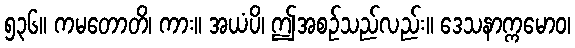
၅၃၆။ ကမတောတိ၊ ကား။ အယံပိ၊ ဤအစဉ်သည်လည်း။ ဒေသနာက္ကမောဝ၊